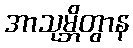
အာသုမ္ဘိတွာန